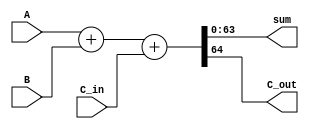
`timescale 1ns / 1ns
//////////////////////////////////////////////////////////////////////////////////
// Company: 
// Engineer: 
// 
// Design Name: 
// Module Name:    Verification_64b 
// Project Name: 
// Target Devices: 
// Tool versions: 
// Description: 
//
// Dependencies: 
//
// Revision: 
// Revision 0.01 - File Created
// Additional Comments: 
//
//////////////////////////////////////////////////////////////////////////////////
module Verification_64b(A, B, sum, C_in, C_out);

input [63:0] A, B;
input C_in;
output [63:0] sum;
output C_out;

assign {C_out, sum} = A + B + C_in;

endmodule